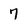
Character: 7